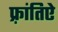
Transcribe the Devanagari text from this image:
फ़्रांतिऐ